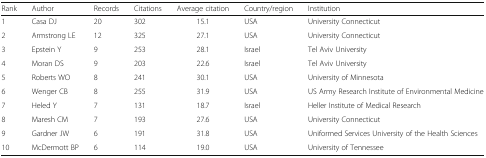
| Rank | Author | Records | Citations | Average citation | Country/region | Institution |
 | --- | --- | --- | --- | --- | --- | --- |
 | 1 | Casa DJ | 20 | 302 | 15.1 | USA | University Connecticut |
 | 2 | Armstrong LE | 12 | 325 | 27.1 | USA | University Connecticut |
 | 3 | Epstein Y | 9 | 253 | 28.1 | Israel | Tel Aviv University |
 | 4 | Moran DS | 9 | 203 | 22.6 | Israel | Tel Aviv University |
 | 5 | Roberts WO | 8 | 241 | 30.1 | USA | University of Minnesota |
 | 6 | Wenger CB | 8 | 255 | 31.9 | USA | US Army Research Institute of Environmental Medicine |
 | 7 | Heled Y | 7 | 131 | 18.7 | Israel | Heller Institute of Medical Research |
 | 8 | Maresh CM | 7 | 193 | 27.6 | USA | University Connecticut |
 | 9 | Gardner JW | 6 | 191 | 31.8 | USA | Uniformed Services University of the Health Sciences |
 | 10 | McDermott BP | 6 | 114 | 19.0 | USA | University of Tennessee |